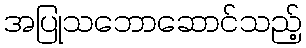
အပြုသဘောဆောင်သည့်